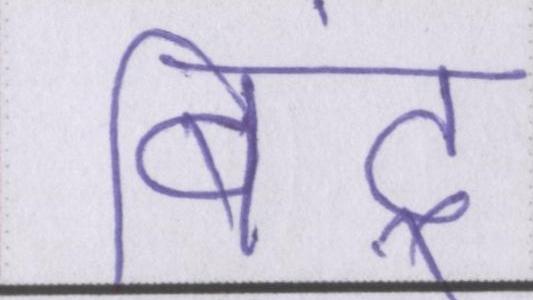
बिंदू